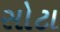
સોટા